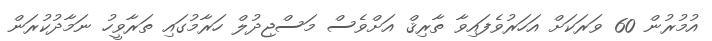
އުމުރުން 60 ވަރަކަށް އަހަރުވެފައިވާ ތާރިޤް އަށްވެސް މަސްޖިދުލް ހަރާމުގައި ތަރާވީހު ނަމާދުކުރަން